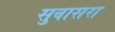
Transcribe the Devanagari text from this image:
सुवासरा